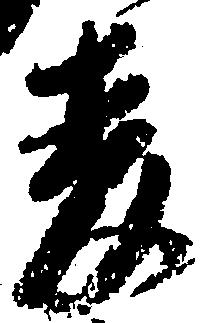
麦